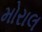
મોરાલ